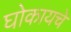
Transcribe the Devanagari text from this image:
घोकायचे